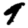
Digit: 9